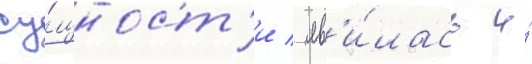
су́щност'и / яв'и́лась и́